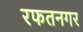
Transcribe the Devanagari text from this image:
रफतनगर